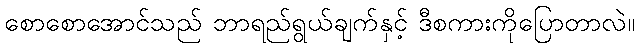
စောစောအောင်သည် ဘာရည်ရွယ်ချက်နှင့် ဒီစကားကိုပြောတာလဲ။